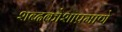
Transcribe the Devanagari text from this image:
शब्दकोशाप्रमाणे